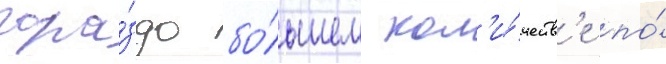
гора́здо бо́льшем кол'и́честв'е по́